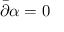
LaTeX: { \bar { \partial } } \alpha = 0